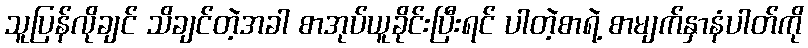
သူပြန်လိုချင် သိချင်တဲ့အခါ စာအုပ်ယူခိုင်းပြီးရင် ပါတဲ့စာရဲ့ စာမျက်နှာနံပါတ်ကို